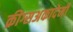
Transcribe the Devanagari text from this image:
क्रीग्सअकादेमी